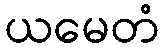
ယမေတံ